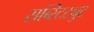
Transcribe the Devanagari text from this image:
सब्स्टिट्युट